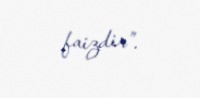
faizdir”.